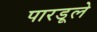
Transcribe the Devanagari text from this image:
पारडूले